画像に写った文字を読んでください
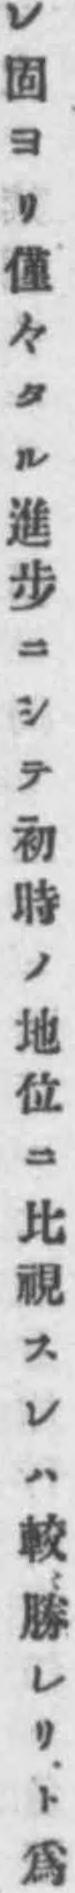
「レ固ヨリ僅々タル進步ニシテ初時ノ地位ニ比視スレハ較〻勝レリト爲」と書いてあります